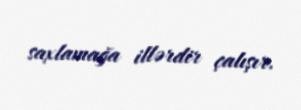
saxlamağa illərdir çalışır.